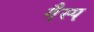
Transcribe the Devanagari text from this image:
गैस्प